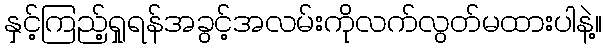
နှင့်ကြည့်ရှုရန်အခွင့်အလမ်းကိုလက်လွတ်မထားပါနဲ့။